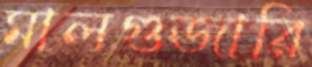
মালগুজারি